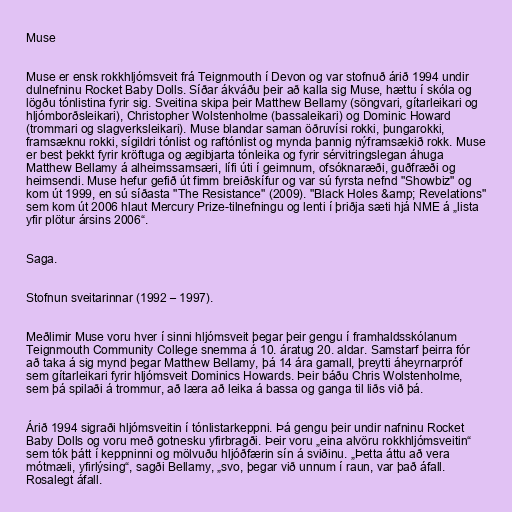
Muse

Muse er ensk rokkhljómsveit frá Teignmouth í Devon og var stofnuð árið 1994 undir
dulnefninu Rocket Baby Dolls. Síðar ákváðu þeir að kalla sig Muse, hættu í skóla og
lögðu tónlistina fyrir sig. Sveitina skipa þeir Matthew Bellamy (söngvari, gítarleikari og
hljómborðsleikari), Christopher Wolstenholme (bassaleikari) og Dominic Howard
(trommari og slagverksleikari). Muse blandar saman öðruvísi rokki, þungarokki,
framsæknu rokki, sígildri tónlist og raftónlist og mynda þannig nýframsækið rokk. Muse
er best þekkt fyrir kröftuga og ægibjarta tónleika og fyrir sérvitringslegan áhuga
Matthew Bellamy á alheimssamsæri, lífi úti í geimnum, ofsóknaræði, guðfræði og
heimsendi. Muse hefur gefið út fimm breiðskífur og var sú fyrsta nefnd "Showbiz" og
kom út 1999, en sú síðasta "The Resistance" (2009). "Black Holes &amp; Revelations"
sem kom út 2006 hlaut Mercury Prize-tilnefningu og lenti í þriðja sæti hjá NME á „lista
yfir plötur ársins 2006“.

Saga.

Stofnun sveitarinnar (1992 – 1997).

Meðlimir Muse voru hver í sinni hljómsveit þegar þeir gengu í framhaldsskólanum
Teignmouth Community College snemma á 10. áratug 20. aldar. Samstarf þeirra fór
að taka á sig mynd þegar Matthew Bellamy, þá 14 ára gamall, þreytti áheyrnarpróf
sem gítarleikari fyrir hljómsveit Dominics Howards. Þeir báðu Chris Wolstenholme,
sem þá spilaði á trommur, að læra að leika á bassa og ganga til liðs við þá.

Árið 1994 sigraði hljómsveitin í tónlistarkeppni. Þá gengu þeir undir nafninu Rocket
Baby Dolls og voru með gotnesku yfirbragði. Þeir voru „eina alvöru rokkhljómsveitin“
sem tók þátt í keppninni og mölvuðu hljóðfærin sín á sviðinu. „Þetta áttu að vera
mótmæli, yfirlýsing“, sagði Bellamy, „svo, þegar við unnum í raun, var það áfall.
Rosalegt áfall.